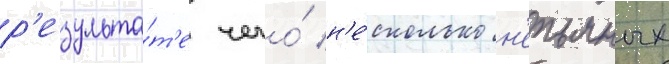
р'езульта́т'е чего́ н'е́сколько н'епьяных